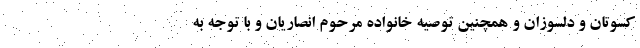
کسوتان و دلسوزان و همچنین توصیه خانواده مرحوم انصاریان و با توجه به